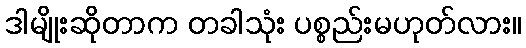
ဒါမျိုးဆိုတာက တခါသုံး ပစ္စည်းမဟုတ်လား။